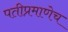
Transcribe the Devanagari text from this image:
पतीप्रमाणेच